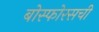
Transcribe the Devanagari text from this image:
बोस्फोरसची